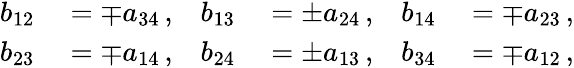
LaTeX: \begin{array}{rlrlrl}{b_{12}}&{{}=\mp a_{34}\, ,}&{b_{13}}&{{}=\pm a_{24}\, ,}&{b_{14}}&{{}=\mp a_{23}\, ,}\\ {b_{23}}&{{}=\mp a_{14}\, ,}&{b_{24}}&{{}=\pm a_{13}\, ,}&{b_{34}}&{{}=\mp a_{12}\, ,}\end{array}